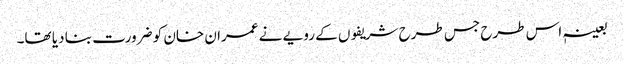
بعینہٖ اس طرح جس طرح شریفوں کے رویے نے عمران خان کو ضرورت بنا دیا تھا۔